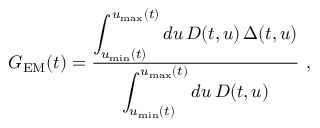
G _ { \mathrm { E M } } ( t ) = \frac { \displaystyle \int _ { u _ { \mathrm { m i n } } ( t ) } ^ { u _ { \mathrm { m a x } } ( t ) } d u \, D ( t , u ) \, \Delta ( t , u ) } { \displaystyle \int _ { u _ { \mathrm { m i n } } ( t ) } ^ { u _ { \mathrm { m a x } } ( t ) } d u \, D ( t , u ) } ~ ,